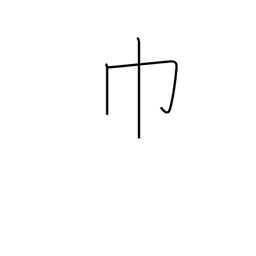
Meaning: towel